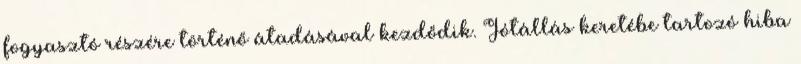
fogyasztó részére történő átadásával kezdődik. Jótállás keretébe tartozó hiba